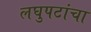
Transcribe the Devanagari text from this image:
लघुपटांचा